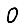
Digit: 0